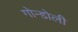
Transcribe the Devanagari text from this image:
गोन्डोली